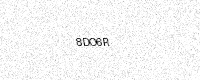
Text: 8DO6R